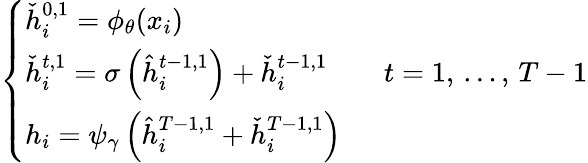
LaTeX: \begin{array}{r}{\left\{ \begin{array}{ll}{\check{h}_{i}^{0,1}=\phi_{\theta}(x_{i})}\\ {\check{h}_{i}^{t,1}=\sigma\left(\hat{h}_{i}^{t-1,1}\right)+\check{h}_{i}^{t-1,1}\qquad t=1,\, \dots,\, T-1}\\ {h_{i}=\psi_{\gamma}\left(\hat{h}_{i}^{T-1,1}+\check{h}_{i}^{T-1,1}\right)}\end{array}\right.}\end{array}